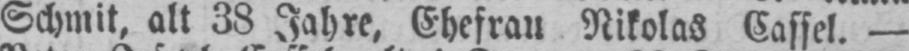
Schmit, alt 38 Jahre, Ehefrau Nikolas Cassel. -